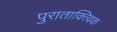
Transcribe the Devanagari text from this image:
पुराताक्त्विक